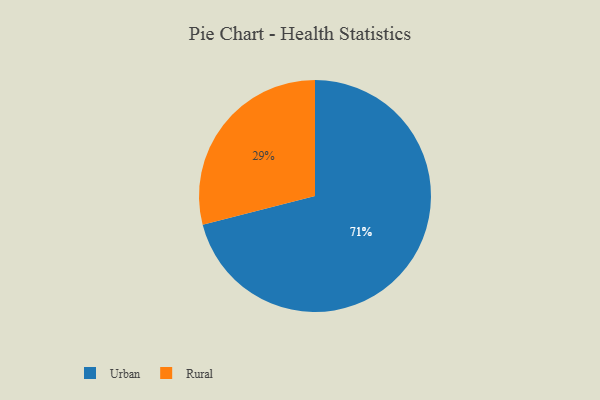
{"axis": {"x": "Category", "y": "Percentage"}, "legend": ["Rural", "Urban"], "data": [{"x": "Urban", "y": 71, "type": "Urban"}, {"x": "Rural", "y": 29, "type": "Rural"}]}